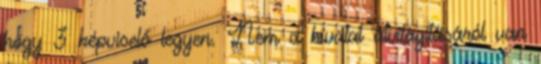
hogy 3 képviselő legyen. Nem a hivatal átvilágításáról van